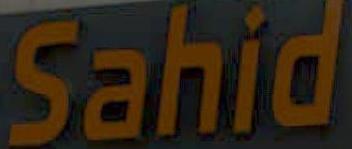
Sahid